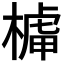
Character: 𣘭